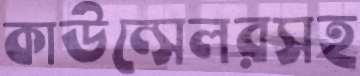
কাউন্সেলরসহ